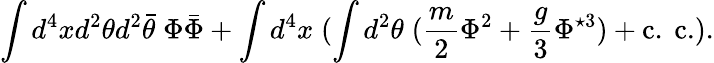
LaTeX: \int d^{4}xd^{2}\theta d^{2}\bar{\theta}\; \Phi\bar{\Phi}+\int d^{4}x\; (\int d^{2}\theta\; (\frac{m}{2}\Phi^{2}+\frac{g}{3}\Phi^{\star 3})+\mathrm{c.~c.}).